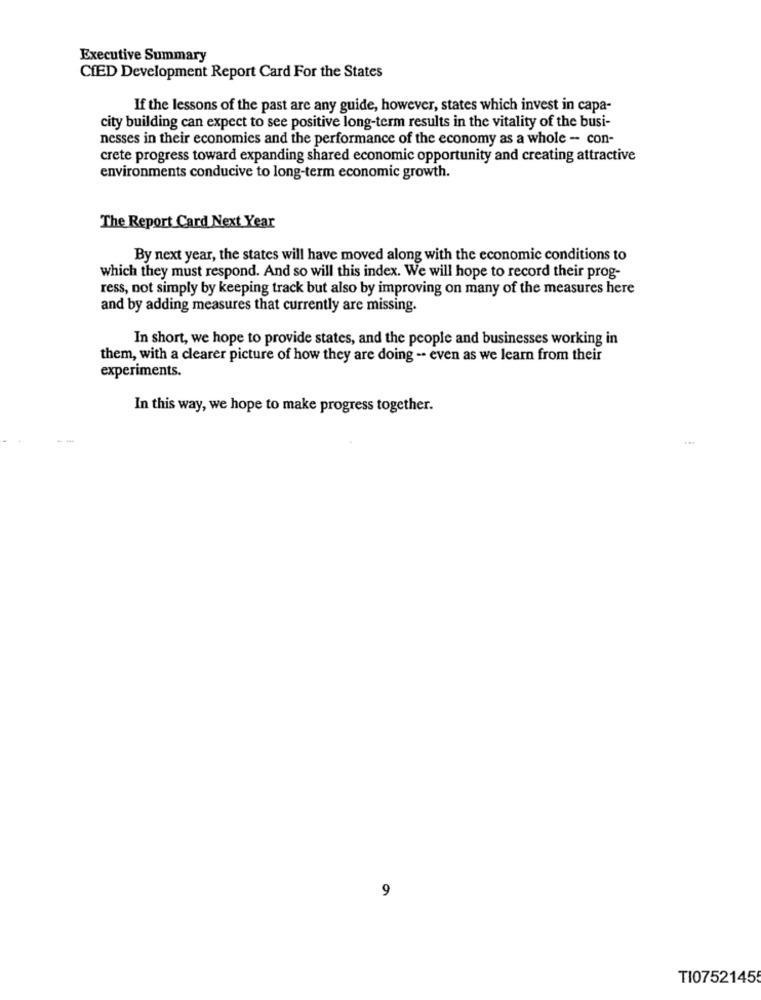
Executive Summary
CIED Development Report Card For the States
If the lessons of the past are any guide, however, states which invest in capa-
city building can expect to see positive long-term results in the vitality of the busi-
nesses in their economics and the performance of the economy as a whole - con-
crete progress toward expanding shared economic opportunity and creating attractive
environments conducive to long-term economic growth.
The Report Card Next Year
By next year, the states will have moved along with the economic conditions to
which they must respond. And so will this index. We will hope to record their prog-
ress, not simply by keeping track but also by improving on many of the measures here
and by adding measures that currently are missing.
In short, we hope to provide states, and the people and businesses working in
them, with a clearer picture of how they are doing -- even as we learn from their
experiments.
In this way, we hope to make progress together.
9
TI0752145